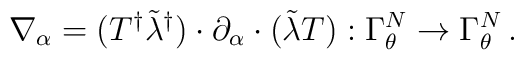
\nabla_{\alpha}=(T^{\dagger}\tilde \lambda^{\dagger})\cdot  \partial_{\alpha} \cdot (\tilde \lambda T)  :\Gamma_{\theta}^{N}\to \Gamma_{\theta}^{N} \, .